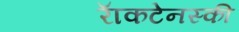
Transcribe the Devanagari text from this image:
राॅकटेनस्की